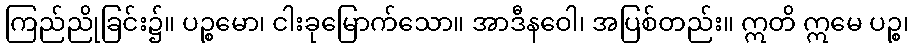
ကြည်ညိုခြင်း၌။ ပဉ္စမော၊ ငါးခုမြောက်သော။ အာဒီနဝေါ၊ အပြစ်တည်း။ ဣတိ ဣမေ ပဉ္စ၊